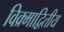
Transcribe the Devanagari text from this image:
विक्र्माद्वितीय